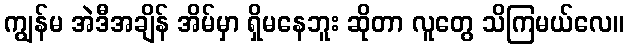
ကျွန်မ အဲဒီအချိန် အိမ်မှာ ရှိမနေဘူး ဆိုတာ လူတွေ သိကြမယ်လေ။